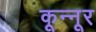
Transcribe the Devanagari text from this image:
कून्‍नूर